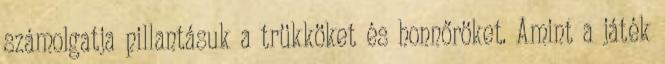
számolgatja pillantásuk a trükköket és honnőröket. Amint a játék